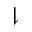
\downharpoonright